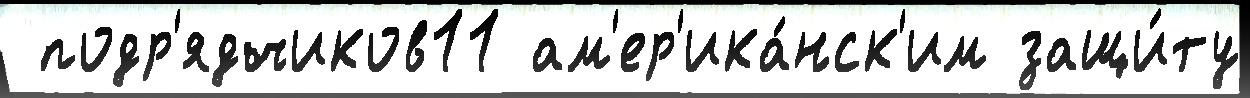
 подр'ядчиков11 ам'ер'ика́нск'им защи́ту